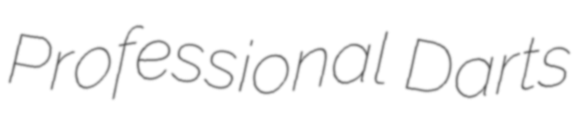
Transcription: Professional Darts